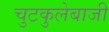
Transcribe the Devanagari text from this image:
चुटकुलेबाजी